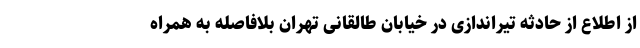
از اطلاع از حادثه تیراندازی در خیابان طالقانی تهران بلافاصله به همراه